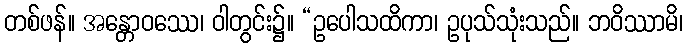
တစ်ဖန်။ အန္တောဝဿေ၊ ဝါတွင်း၌။ “ဥပေါသထိကာ၊ ဥပုသ်သုံးသည်။ ဘဝိဿာမိ၊